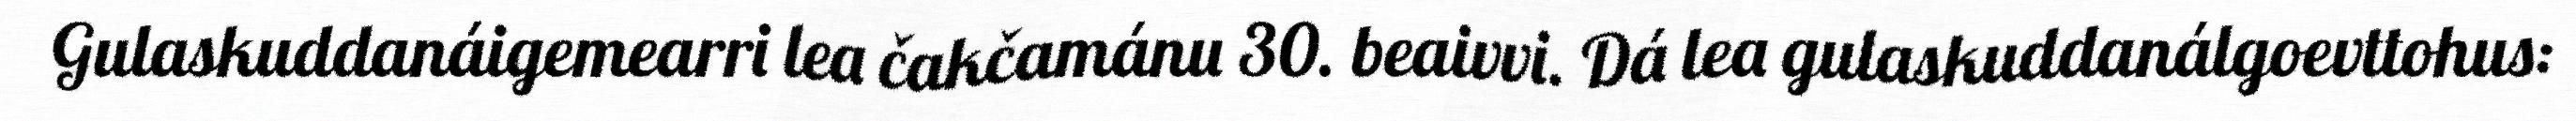
Gulaskuddanáigemearri lea čakčamánu 30. beaivvi. Dá lea gulaskuddanálgoevttohus: